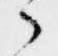
々